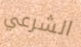
الشرعي